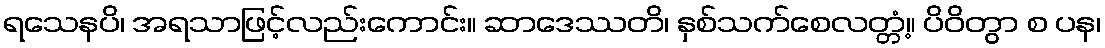
ရသေနပိ၊ အရသာဖြင့်လည်းကောင်း။ ဆာဒေဿတိ၊ နှစ်သက်စေလတ္တံ့။ ပိဝိတွာ စ ပန၊